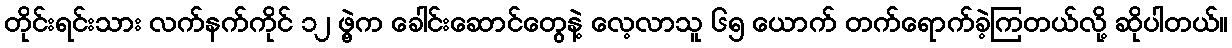
တိုင်းရင်းသား လက်နက်ကိုင် ၁၂ ဖွဲ့က ခေါင်းဆောင်တွေနဲ့ လေ့လာသူ ၆၅ ယောက် တက်ရောက်ခဲ့ကြတယ်လို့ ဆိုပါတယ်။